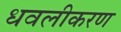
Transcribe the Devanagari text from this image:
धवलीकरण